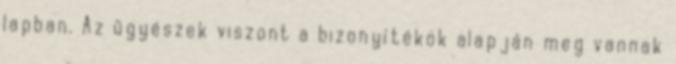
lapban. Az ügyészek viszont a bizonyítékok alapján meg vannak